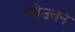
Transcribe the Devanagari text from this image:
सोउलने